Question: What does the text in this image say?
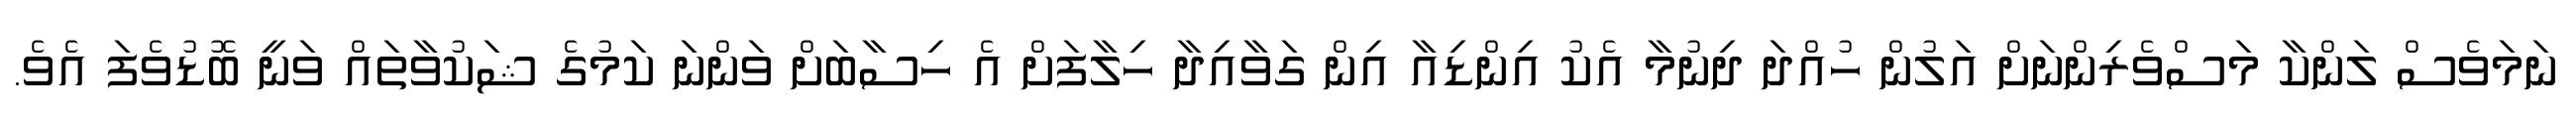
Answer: ނަމަވެސް ލަންކާ މަސްވެރިންނަށް އަލުން ހުއްދަ ދިނުމާ އެކު އިންޑިއާ އިން ގަވާއިދާ ހިލާފަށް އެ ހިސާބަށް ވަންނަ ކަމުގެ ޝަކުވާތައް ވަނީ ބޮޑުވެފަ އެވެ.